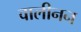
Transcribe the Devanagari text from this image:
वालीनन